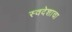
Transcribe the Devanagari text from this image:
स्वदेशाचा